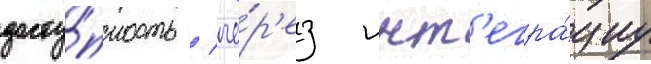
досту́пность / че́р'ез инт'егра́циу